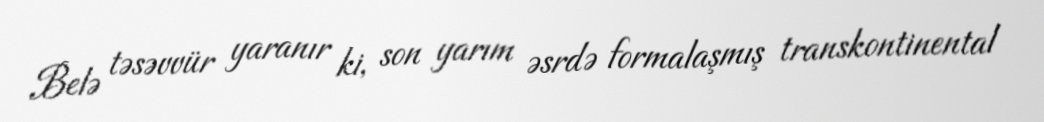
Belə təsəvvür yaranır ki, son yarım əsrdə formalaşmış transkontinental